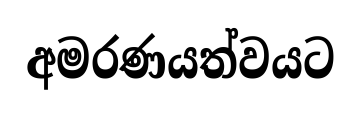
අමරණයත්වයට